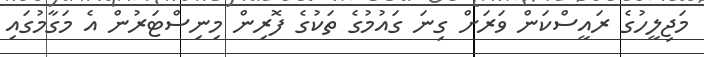
މަޖިލީހުގެ ރައީސްކަން ވަރަށް ގިނަ ގައުމުގެ ތަކުގެ ފޮރިން މިނިސްޓަރުން އެ މަގާމުގައި